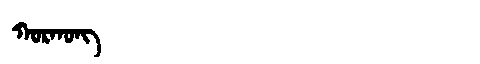
Manchu: ᡴᠣᡵᡴᠣᠩ
Romanization: KORKONG